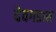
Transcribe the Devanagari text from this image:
देवगडास